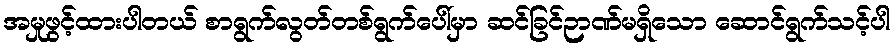
အမှုဖွင့်ထားပါတယ် စာရွက်လွတ်တစ်ရွက်ပေါ်မှာ ဆင်ခြင်ဉာဏ်မရှိသော ဆောင်ရွက်သင့်ပါ